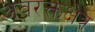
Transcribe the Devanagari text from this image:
अवरक्तक्षेत्र